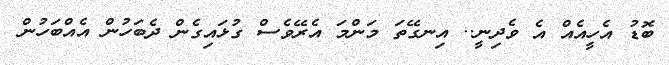
ބޮޑު އެހީއެއް އެ ވެދިނީ.. އިނގޭތަ މަންމަ އެރޭވެސް ގުޅައިގެން ދެބަހުން އެއްބަހުން